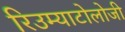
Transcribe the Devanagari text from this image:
रिउम्याटोलोजी